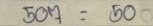
507 =50